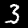
Label: 3